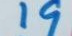
19